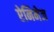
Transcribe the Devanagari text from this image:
ऐनिमेज